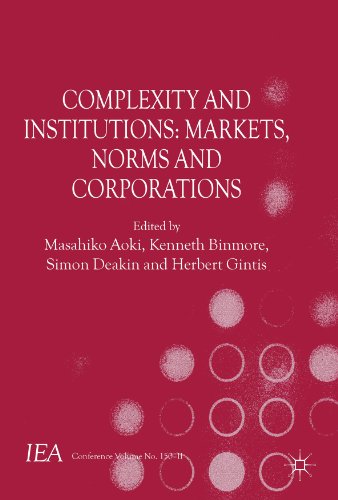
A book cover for Complexity and Institutions: Markets, Norms and Corporations (International Economic Association); Business & Money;